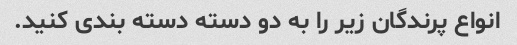
انواع پرندگان زیر را به دو دسته دسته بندی کنید.